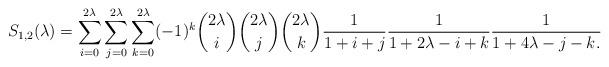
LaTeX: \begin{align*}S_{1, 2}(\lambda) = \sum\limits_{i=0}^{2\lambda}\sum\limits_{j=0}^{2\lambda} \sum\limits_{k=0}^{2\lambda} (-1)^k \binom{2\lambda}{i}\binom{2\lambda}{j}\binom{2\lambda}{k} \frac{1}{1+i+j}\frac{1}{1+2\lambda-i+k} \frac{1}{1+4\lambda-j-k.}\end{align*}